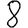
Digit: 8